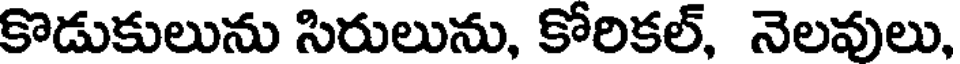
కొడుకులును సిరులును, కోరికల్, నెలవులు,